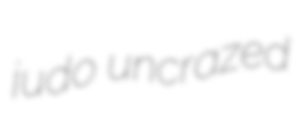
judo uncrazed